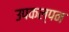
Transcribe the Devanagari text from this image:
उपकल्पन